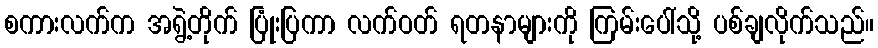
စကားလက်က အရွဲ့တိုက် ပြုံးပြကာ လက်ဝတ် ရတနာများကို ကြမ်းပေါ်သို့ ပစ်ချလိုက်သည်။